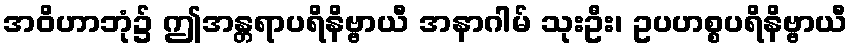
အဝိဟာဘုံ၌ ဤအန္တရာပရိနိဗ္ဗာယီ အနာဂါမ် သုးဦး၊ ဥပဟစ္စပရိနိဗ္ဗာယီ